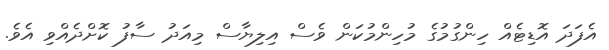
އެފަދަ އޮޑިޓެއް ހިންގުމުގެ މުހިންމުކަން ވެސް އިލިޔާސް މިއަދު ސާފު ކޮށްދެއްވި އެވެ.